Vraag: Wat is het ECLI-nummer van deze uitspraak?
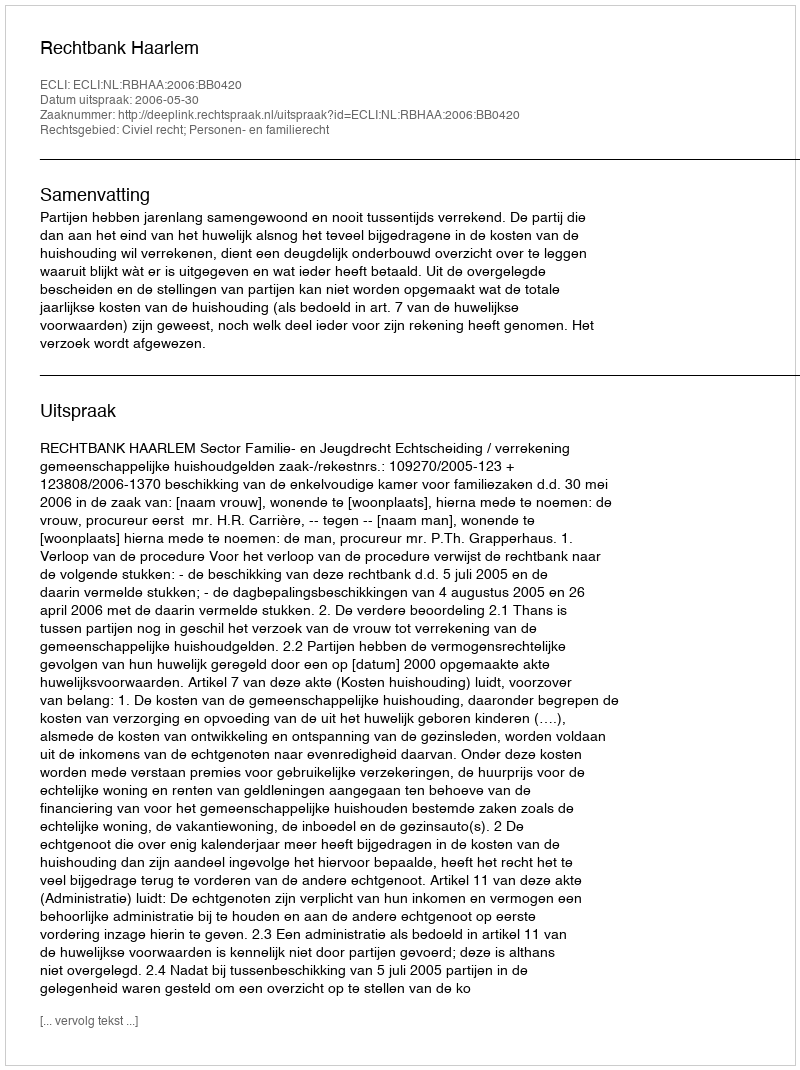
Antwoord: ECLI:NL:RBHAA:2006:BB0420